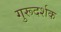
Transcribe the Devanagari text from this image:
गुरूदर्शक